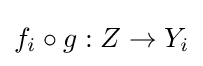
f_{i}\circ g:Z\to Y_{i}